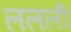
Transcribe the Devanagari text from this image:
ललली